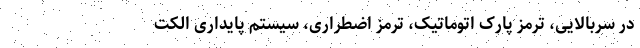
در سربالایی، ترمز پارک اتوماتیک، ترمز اضطراری، سیستم پایداری الکت